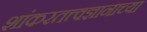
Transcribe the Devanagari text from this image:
शांकरतत्त्वज्ञानाच्या